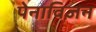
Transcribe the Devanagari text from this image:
पेनाविज़न